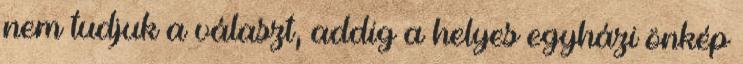
nem tudjuk a választ, addig a helyes egyházi önkép